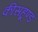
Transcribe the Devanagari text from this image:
कीसहूण्ड